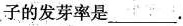
子的发芽率是___.